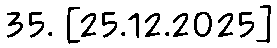
35. [25.12.2025]